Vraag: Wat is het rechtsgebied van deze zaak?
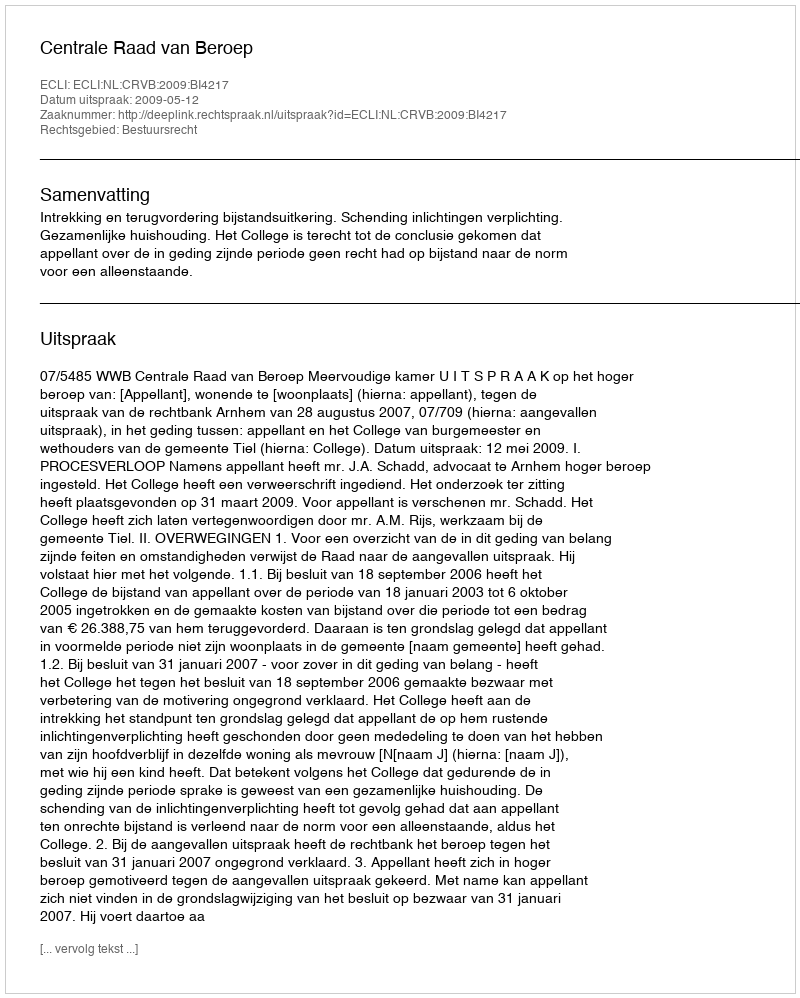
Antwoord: Bestuursrecht